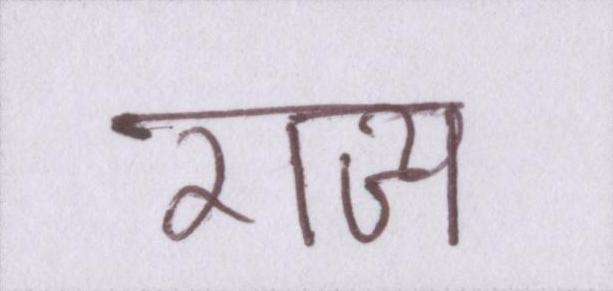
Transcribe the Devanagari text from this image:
राज्य